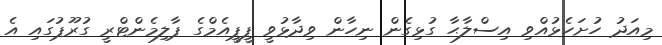
މިއަދު ހުށަހެޅުއްވި އިސްލާޙާ ގުޅިގެން ނިހާން ވިދާޅުވީ ޕީޕީއެމްގެ ޕާލިމެންޓްރީ ގުރޫޕުގައި އެ